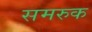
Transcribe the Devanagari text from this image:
समरुक